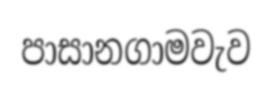
පාසානගාමවැව